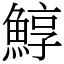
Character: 鯙